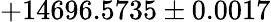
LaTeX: +14696.5735\pm 0.0017